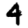
Digit: 4